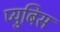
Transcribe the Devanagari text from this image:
प्युबिस